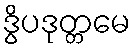
ဒွိပဒုတ္တမေ